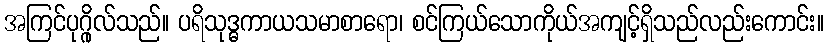
အကြင်ပုဂ္ဂိုလ်သည်။ ပရိသုဒ္ဓကာယသမာစာရော၊ စင်ကြယ်သောကိုယ်အကျင့်ရှိသည်လည်းကောင်း။